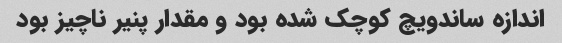
اندازه ساندویچ کوچک شده بود و مقدار پنیر ناچیز بود